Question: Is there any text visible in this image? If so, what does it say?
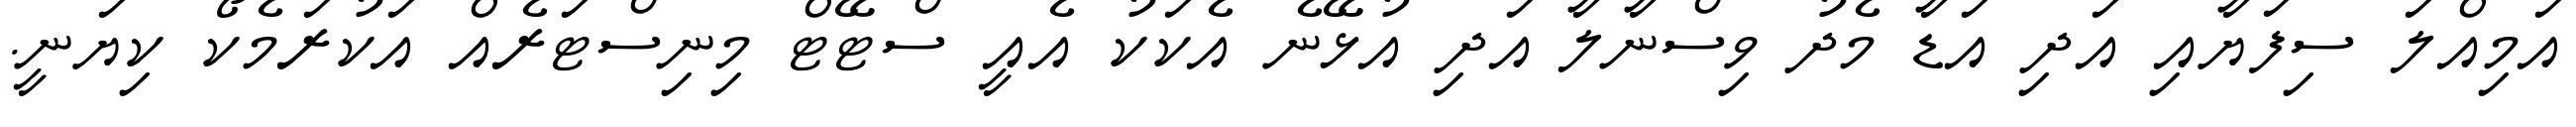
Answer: އަމިއްލަ ސިފަޔާއި އަދި އަޑާ މެދު ވިސްނާލާ އަދި އުޅޭނެ އެކަކު އެއީ ސްޓޭޓް މިނިސްޓަރެއް އަކުރަމެކޯ ކިޔަނީ.